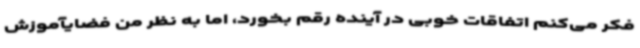
فکر می‌کنم اتفاقات خوبی در آینده رقم بخورد، اما به نظر من فضایآموزش